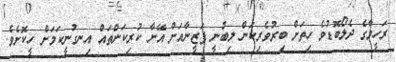
ރަހީމާގެ ދެލޯބޮޑުވެ ހިތަށް ބިރުވެރިކަން ލިބުނީ ފަޒީނާއަށް އޭނާ ކުރިކަންތައް އިނގުނީކަމަށް ހީކޮށެވެ.